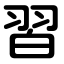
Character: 習